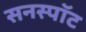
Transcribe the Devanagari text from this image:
सनस्पॉट